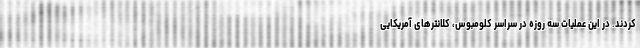
کردند. در این عملیات سه روزه در سراسر کلومبوس، کلانترهای آمریکایی